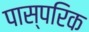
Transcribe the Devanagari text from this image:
पास्‍परिक